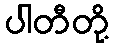
ပါတီတို့